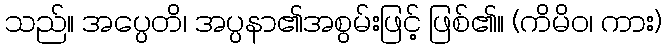
သည်။ အပ္ပေတိ၊ အပ္ပနာ၏အစွမ်းဖြင့် ဖြစ်၏။ (ကိမိဝ၊ ကား)